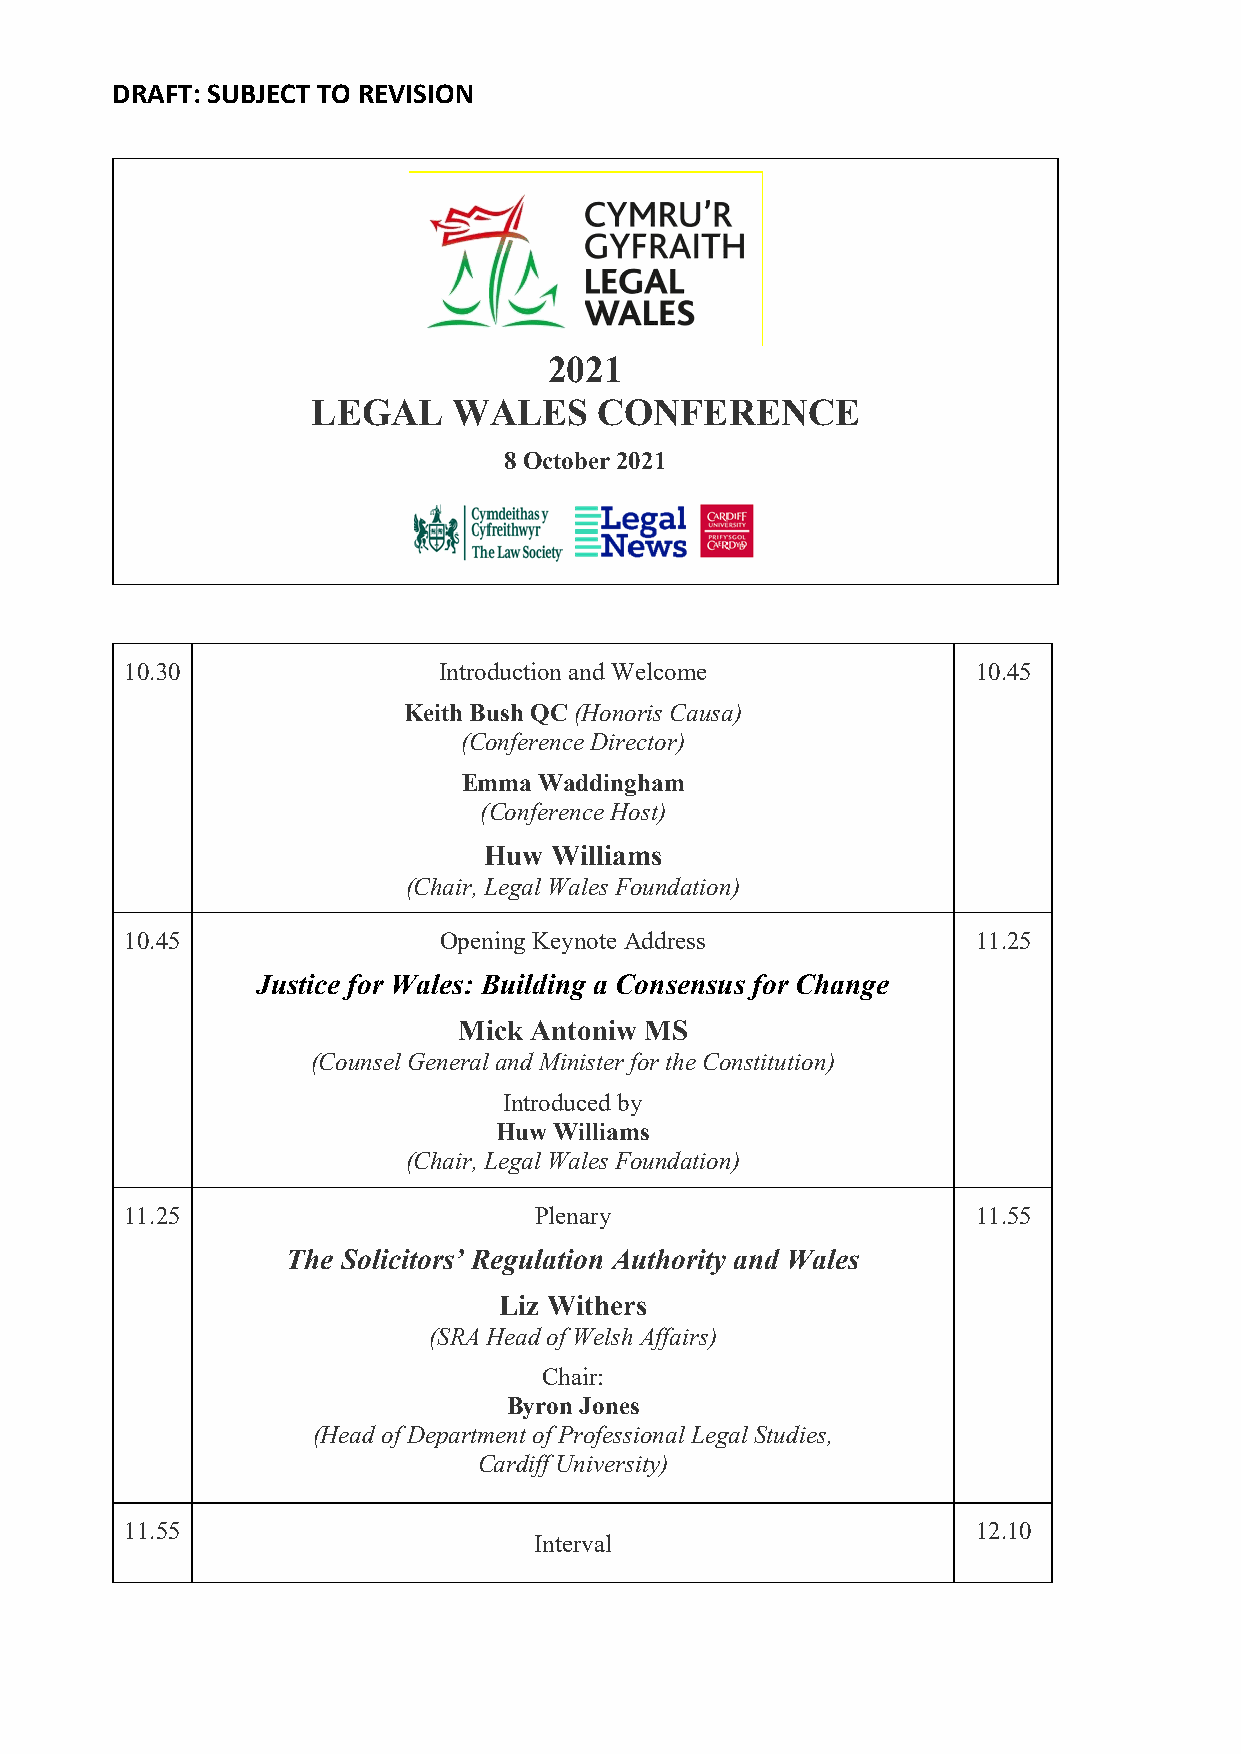
DRAFT: SUBJECT TO REVISION
 2021
 LEGAL    WALES     CONFERENCE
 8 October 2021
 10.30                Introduction and Welcome            10.45
 Keith Bush QC (Honoris Causa)
 (Conference Director)
 Emma Waddingham
 (Conference Host)
 Huw Williams
 (Chair, Legal Wales Foundation)
 10.45                Opening Keynote Address             11.25
 Justice for Wales: Building a Consensus for Change
 Mick Antoniw MS
 (Counsel General and Minister for the Constitution)
 Introduced by
 Huw Williams
 (Chair, Legal Wales Foundation)
 11.25                      Plenary                       11.55
 The Solicitors’ Regulation Authority and Wales
 Liz Withers
 (SRA Head of Welsh Affairs)
 Chair:
 Byron Jones
 (Head of Department of Professional Legal Studies,
 Cardiff University)
 11.55                                                    12.10
 Interval